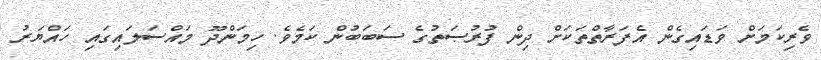
ވެރިކަމަށް ވަޑައިގެން އެފަރާތްތަކަށް ދިން ފުރުޞަތުގެ ސަބަބުން ކަމެވެ. ހިމަންދޫ މައްސަލައިގައި ހައްޔަރު